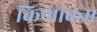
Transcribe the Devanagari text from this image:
किणांकम